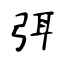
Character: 弭